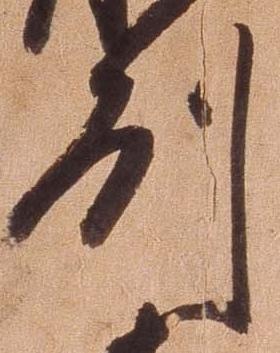
州